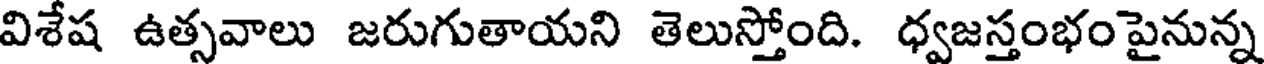
విశేష ఉత్సవాలు జరుగుతాయని తెలుస్తోంది. ధ్వజస్తంభం పైనున్న